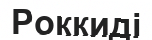
Роккиді